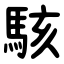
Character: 駭